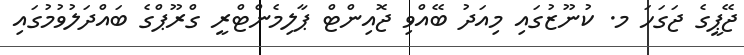
ޖޭޕީގެ ޖަގަހަ މ. ކުނޫޒުގައި މިއަދު ބޭއްވި ޖޮއިންޓް ޕާލިމެންޓްރީ ގްރޫޕްގެ ބައްދަލުވުމުގައި